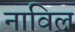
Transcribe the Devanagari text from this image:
नाविल